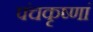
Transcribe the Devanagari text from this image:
पंचकृष्णां